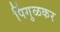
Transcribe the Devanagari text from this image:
पिंगुळकर